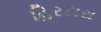
હિરદાસ